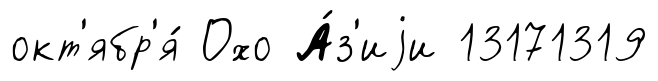
окт'ябр'я́ Охо А́з'иjи 13171319